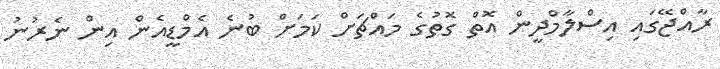
ރާއްޖޭގައި އިސްލާމްދީން އޮތް ގޮތުގެ މައްޗަށް ކަމަށް ބުނެ އެމްޑީއެން އިން ނެރުނު